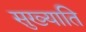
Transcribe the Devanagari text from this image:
सुख्याति